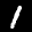
Label: 1